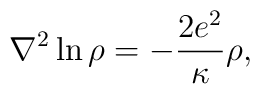
{\nabla}^2 \ln \rho = -\frac{2e^2}{\kappa} \rho,